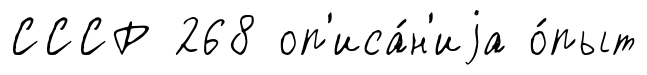
СССР 268 оп'иса́н'иjа о́пыт